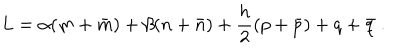
LaTeX: L = \alpha ( m + \bar { m } ) + \beta ( n + \bar { n } ) + \frac { h } { 2 } ( p + \bar { p } ) + q + \bar { q } \ .